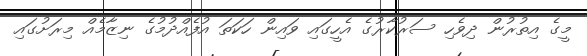
މީގެ އިތުރުން ދިވެހި ސަރުކާރުގެ އެހީގައި ވައިން ހަކަތަ އުފެއްދުމުގެ ނިޒާމެއް މިރަށުގައި